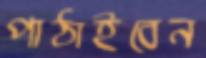
পাঠাইবেন